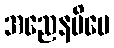
အညေနပိပေ